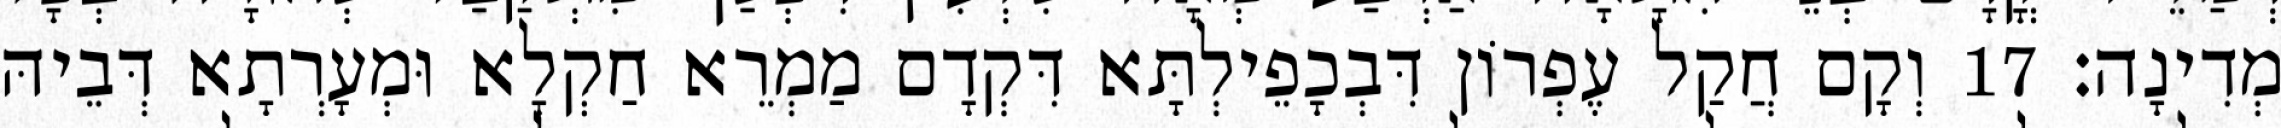
מְדִינָה׃ 17 וְקָם חֲקַל עֶפְרוֹן דִּבְכָפֵילְתָּא דִּקְדָם מַמְרֵא חַקְלָא וּמְעָרְתָא דְּבֵיהּ